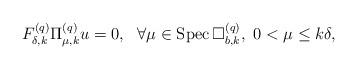
LaTeX: \begin{align*}F^{(q)}_{\delta,k}\Pi^{(q)}_{\mu,k}u=0,\ \ \forall\mu\in{\rm Spec\,}\Box^{(q)}_{b,k},\ 0<\mu\leq k\delta,\end{align*}